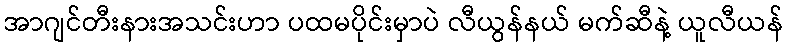
အာဂျင်တီးနားအသင်းဟာ ပထမပိုင်းမှာပဲ လီယွန်နယ် မက်ဆီနဲ့ ယူလီယန်